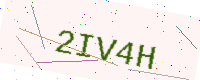
Text: 2IV4H